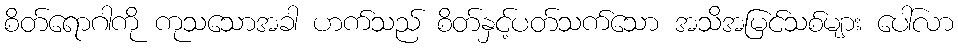
စိတ်ရောဂါကို ကုသသောအခါ ဟက်သည် စိတ်နှင့်ပတ်သက်သော အသိအမြင်သစ်များ ပေါ်လာ